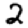
Digit: 2